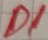
Text: D1